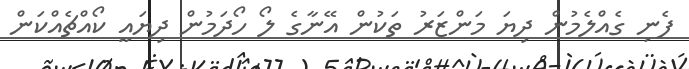
ފެނި ގެއްލެމުން ދިޔަ މަންޒަރު ތަކުން އޭނާގެ ލޯ ހޯދަމުން ދިޔައީ ކޯއްޗެއްކަން